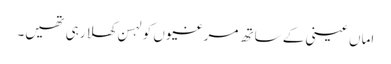
اماں عینی کے ساتھ مرغیوں کو لہسن کھلا رہی تھیں۔